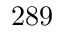
2 8 9